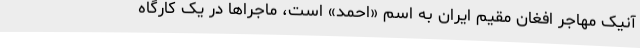
آنیک مهاجر افغان مقیم ایران به اسم «احمد» است، ماجراها در یک کارگاه